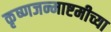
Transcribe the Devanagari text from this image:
कृष्णजन्माष्टमीच्या